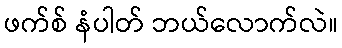
ဖက်စ် နံပါတ် ဘယ်လောက်လဲ။